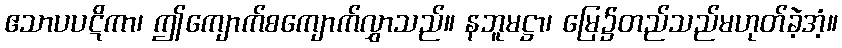
ဧသာပပဋိကာ၊ ဤကျောက်စကျောက်လွှာသည်။ နဘူမဋ္ဌာ၊ မြေ၌တည်သည်မဟုတ်ခဲ့အံ့။